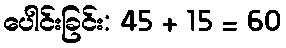
ပေါင်းခြင်း: 45 + 15 = 60